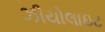
ઝીયોલાઇટ